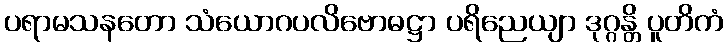
ပရာမသနတော သံယောဂပလိဗောဓဋ္ဌာ ပရိညေယျာ ဒုဂ္ဂန္တိ ပူတိကံ